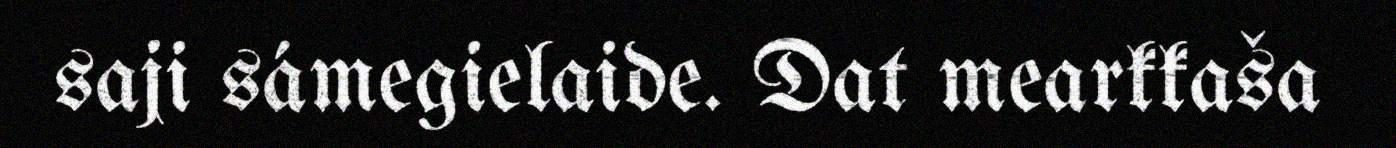
saji sámegielaide. Dat mearkkaša